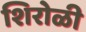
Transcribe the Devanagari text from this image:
शिरोळी